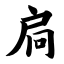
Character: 扃